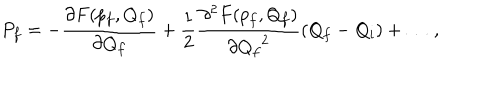
LaTeX: P _ { f } = - \frac { \partial F ( p _ { f } , Q _ { f } ) } { \partial Q _ { f } } + \frac { 1 } { 2 } \frac { \partial ^ { 2 } F ( p _ { f } , Q _ { f } ) } { \partial { Q _ { f } } ^ { 2 } } ( Q _ { f } - Q _ { i } ) + \ldots \, ,